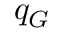
q _ { G }